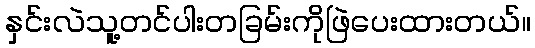
နှင်းလဲသူ့တင်ပါးတခြမ်းကိုဖြဲပေးထားတယ်။